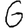
Digit: 6